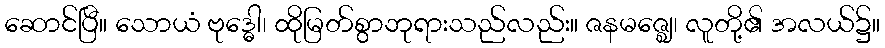
ဆောင်ပြီ။ သောယံ ဗုဒ္ဓေါ၊ ထိုမြတ်စွာဘုရားသည်လည်း။ ဇနမဇ္ဈေ၊ လူတို့၏ အလယ်၌။